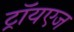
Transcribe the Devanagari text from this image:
ट्रॉयएज